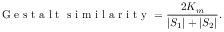
\mathrm { ~ G ~ e ~ s ~ t ~ a ~ l ~ t ~ \ s ~ i ~ m ~ i ~ l ~ a ~ r ~ i ~ t ~ y ~ } = \frac { 2 K _ { m } } { | S _ { 1 } | + | S _ { 2 } | } .